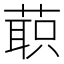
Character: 𰱲